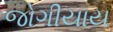
જોગીયાય